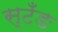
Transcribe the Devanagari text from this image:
स्टँङ